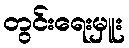
တွင်းရေးမှူး